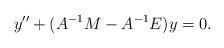
LaTeX: \begin{align*} y''+(A^{-1}M-A^{-1}E)y=0.\end{align*}